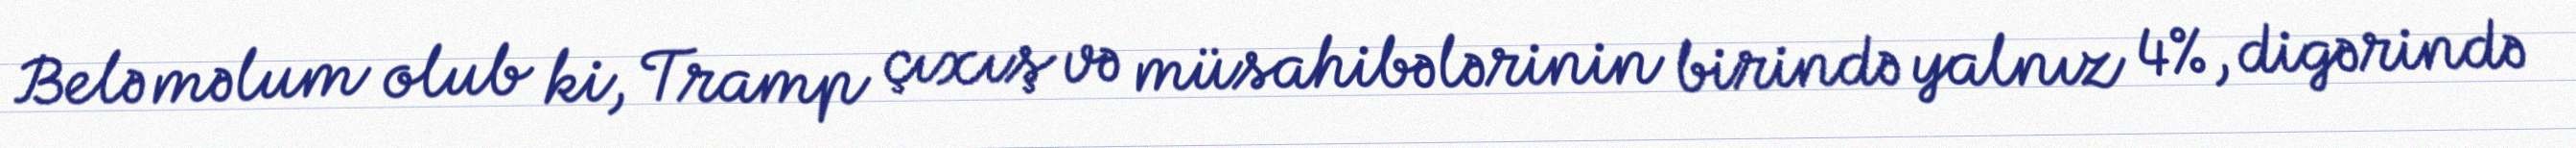
Belə məlum olub ki, Tramp çıxış və müsahibələrinin birində yalnız 4%, digərində